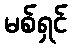
မစ်ရှင်